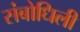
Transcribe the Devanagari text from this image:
संबोधिली